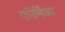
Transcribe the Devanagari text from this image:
फॉर्मिका